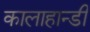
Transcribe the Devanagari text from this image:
कालाहान्डी